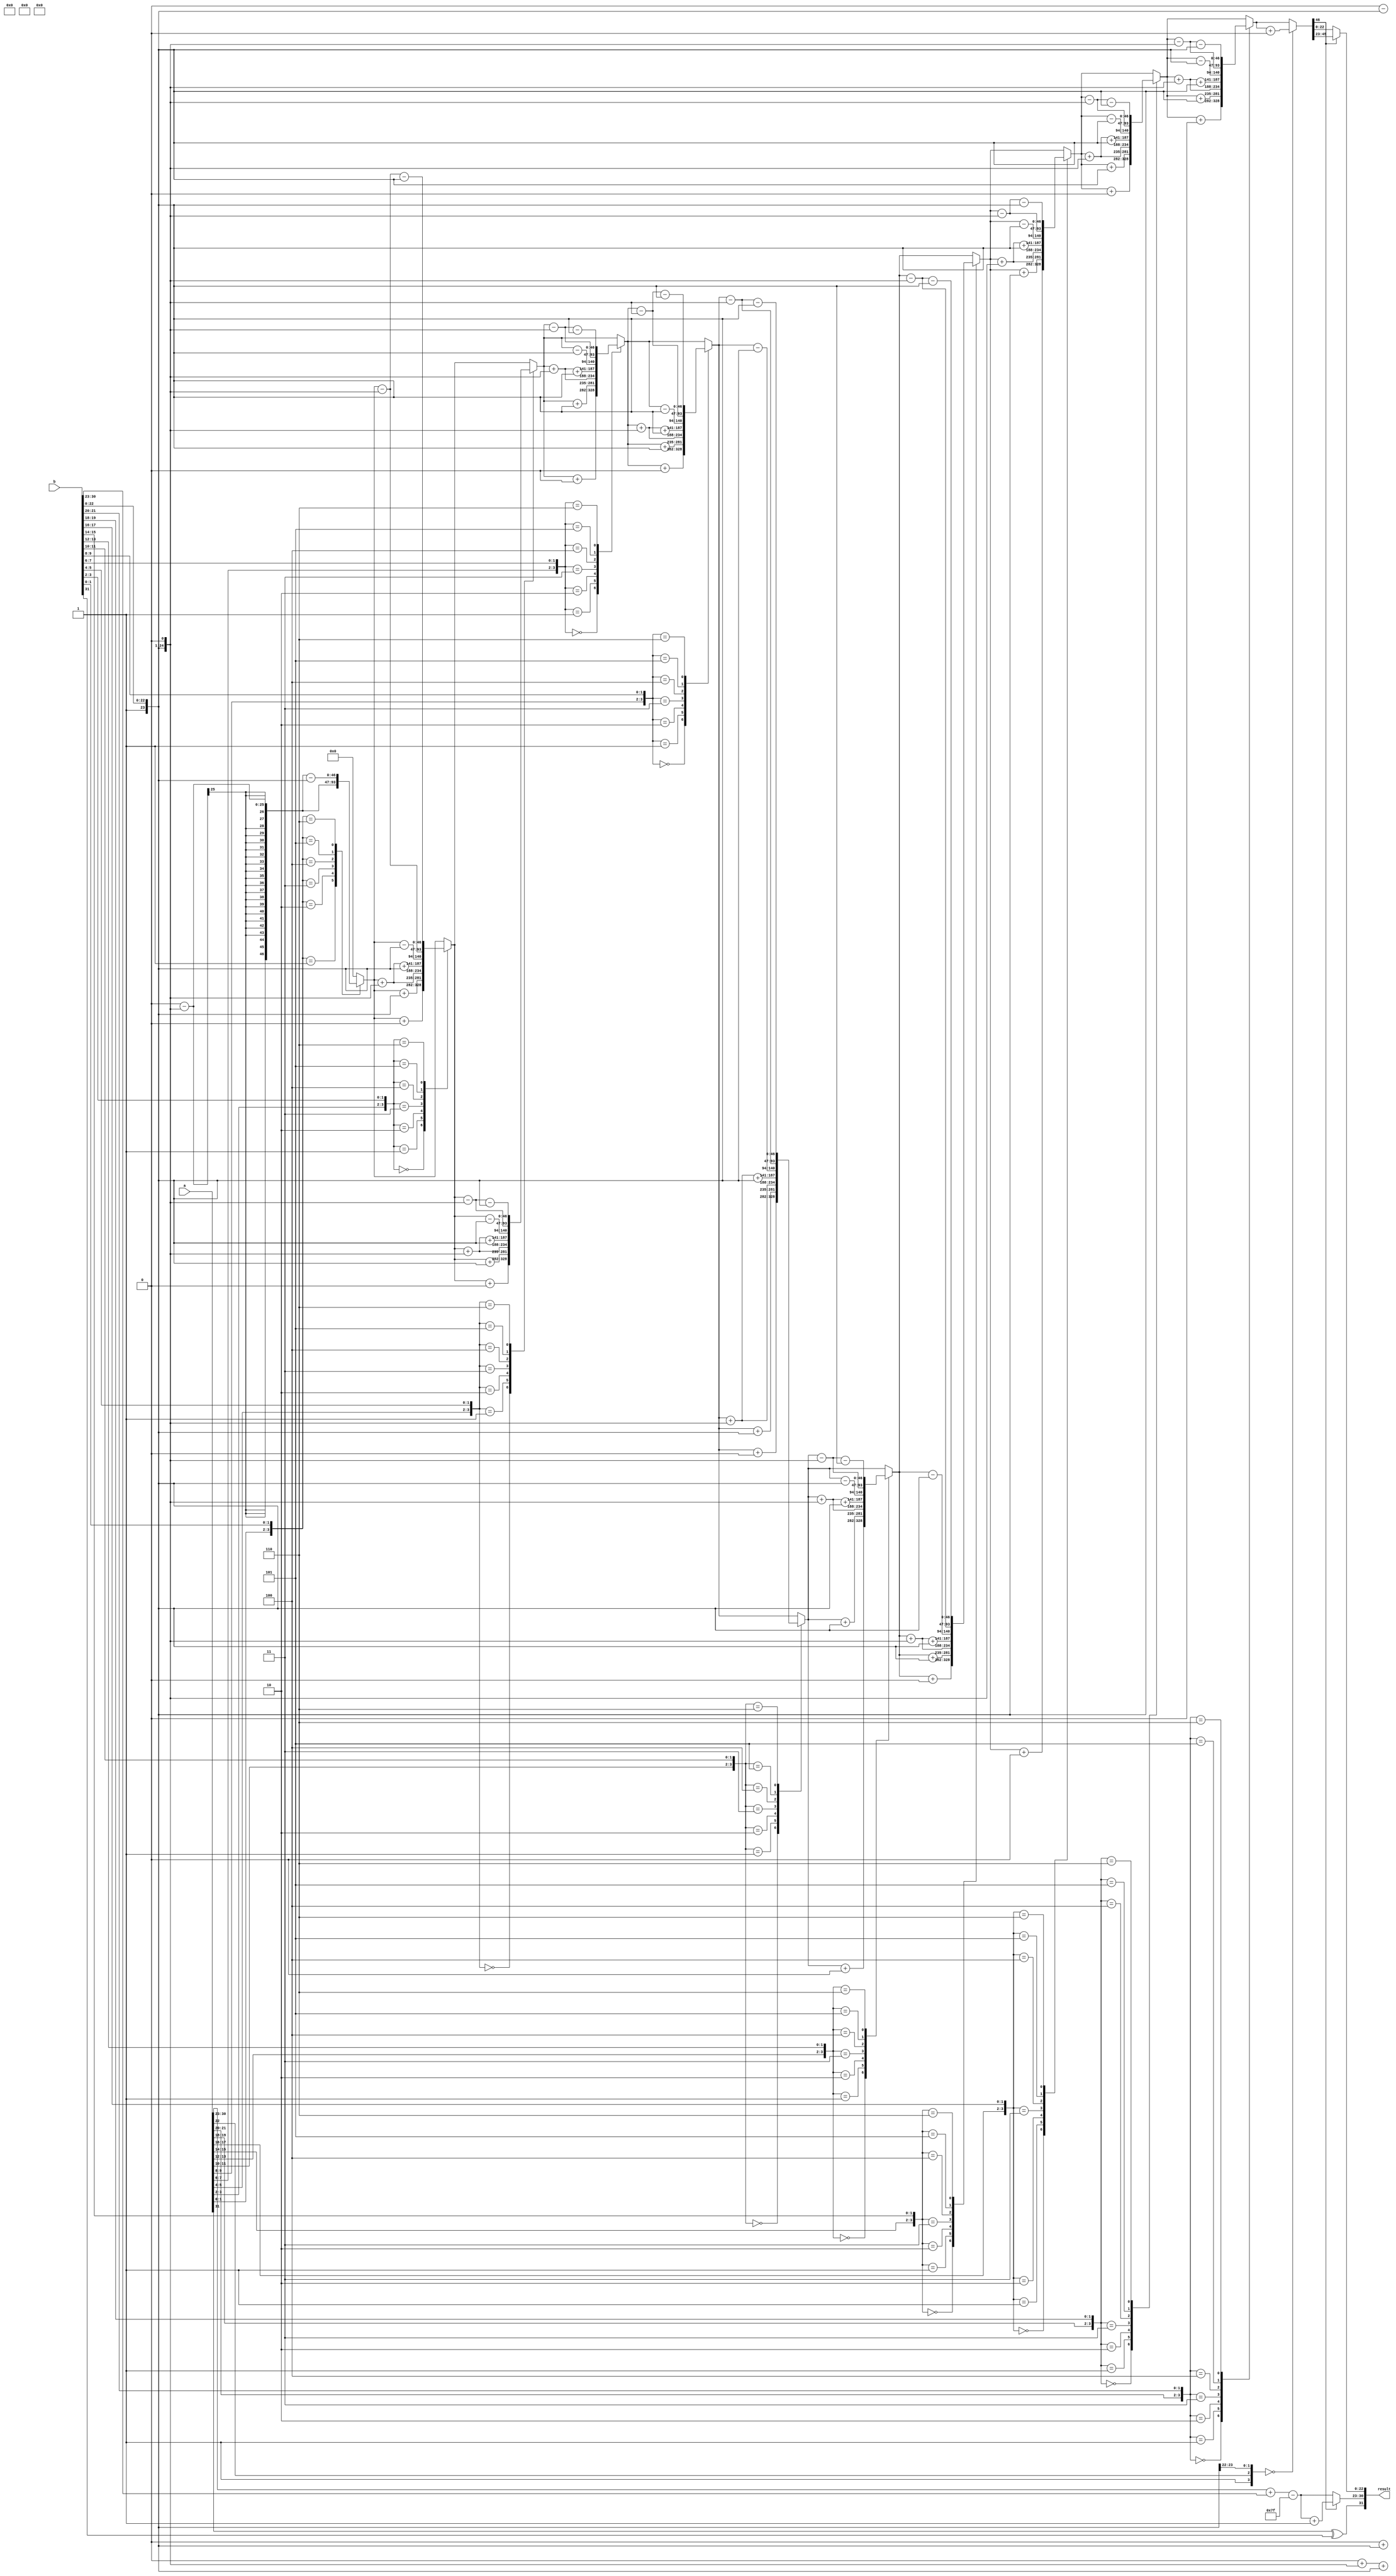
module radix4_fp_multiplier (
    input wire [31:0] a, // First floating-point number (IEEE 754)
    input wire [31:0] b, // Second floating-point number (IEEE 754)
    output reg [31:0] result // Resulting floating-point number (IEEE 754)
);

    // IEEE 754 parameters
    localparam EXPONENT_BIAS = 127;
    localparam MANTISSA_WIDTH = 23;
    localparam EXPONENT_WIDTH = 8;

    // Extract sign, exponent, and mantissa
    wire sign_a = a[31];
    wire sign_b = b[31];
    wire [EXPONENT_WIDTH-1:0] exp_a = a[30:23];
    wire [EXPONENT_WIDTH-1:0] exp_b = b[30:23];
    wire [MANTISSA_WIDTH:0] mant_a = {1'b1, a[22:0]}; // Implicit leading 1
    wire [MANTISSA_WIDTH:0] mant_b = {1'b1, b[22:0]}; // Implicit leading 1

    // Sign of the result
    wire sign_result = sign_a ^ sign_b;

    // Exponent calculation
    wire [EXPONENT_WIDTH:0] exp_result = exp_a + exp_b - EXPONENT_BIAS;

    // Mantissa multiplication using Radix-4 Booth's algorithm
    reg [2*MANTISSA_WIDTH:0] mant_product; // To hold the product
    integer i;

    always @(*) begin
        mant_product = 0;

        // Radix-4 Booth's algorithm
        for (i = 0; i < MANTISSA_WIDTH; i = i + 2) begin
            case ({mant_a[i+1], mant_a[i], mant_b[i+1], mant_b[i]})
                4'b0000: mant_product = mant_product + 0; // 00
                4'b0001: mant_product = mant_product + mant_b; // 01
                4'b0010: mant_product = mant_product + (mant_b << 1); // 10
                4'b0011: mant_product = mant_product + (mant_b << 1) + mant_b; // 11
                4'b0100: mant_product = mant_product - mant_b; // 01 (negative)
                4'b0101: mant_product = mant_product - (mant_b << 1); // 10 (negative)
                4'b0110: mant_product = mant_product - (mant_b << 1) - mant_b; // 11 (negative)
                // Add more cases for other combinations
                default: mant_product = mant_product; // No change
            endcase
        end
    end

    // Normalization and rounding
    reg [MANTISSA_WIDTH:0] final_mantissa;
    reg [EXPONENT_WIDTH-1:0] final_exponent;

    always @(*) begin
        // Normalize the mantissa
        if (mant_product[MANTISSA_WIDTH*2] == 1) begin
            // Shift right
            final_mantissa = mant_product[MANTISSA_WIDTH*2-1:MANTISSA_WIDTH];
            final_exponent = exp_result + 1;
        end else begin
            // Already normalized
            final_mantissa = mant_product[MANTISSA_WIDTH-1:0];
            final_exponent = exp_result;
        end

        // Rounding (simple round to nearest)
        if (final_mantissa[MANTISSA_WIDTH] == 1) begin
            final_mantissa = final_mantissa + 1;
        end

        // Assemble the result
        result = {sign_result, final_exponent[EXPONENT_WIDTH-1:0], final_mantissa[MANTISSA_WIDTH-1:0]};
    end

endmodule